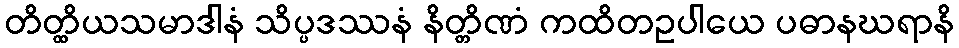
တိတ္ထိယသမာဒါနံ သိပ္ပဒဿနံ နိတ္တိဏံ ကထိတဥပါယေ ပဓာနဃရာနိ